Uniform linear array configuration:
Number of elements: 64
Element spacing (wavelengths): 0.75
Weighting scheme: hann
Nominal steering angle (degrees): -45
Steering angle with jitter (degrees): -44.368
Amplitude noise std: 0.05
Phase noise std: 0.05

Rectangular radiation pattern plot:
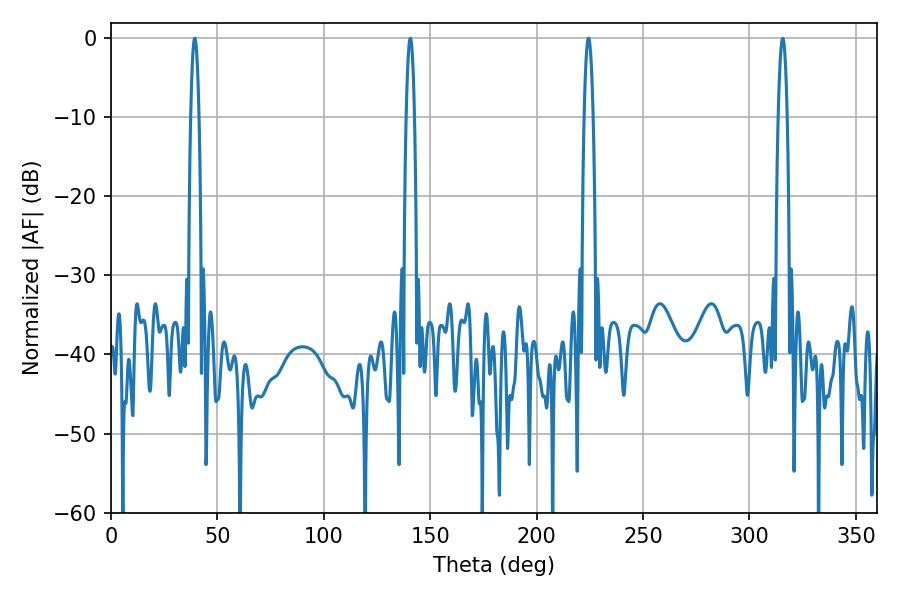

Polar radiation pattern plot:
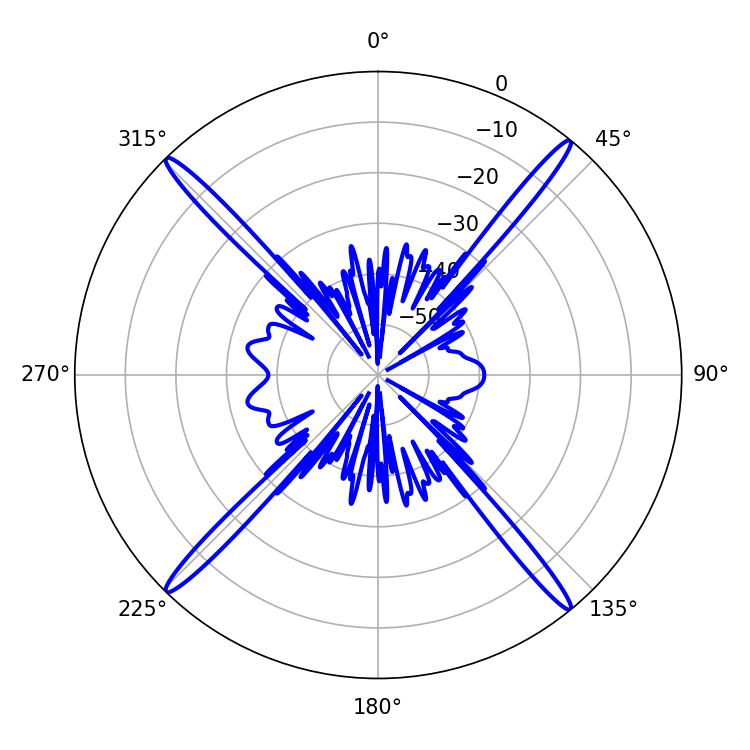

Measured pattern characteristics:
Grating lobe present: TRUE
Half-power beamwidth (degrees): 1.98
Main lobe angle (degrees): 140.58